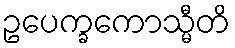
ဥပေက္ခကောသ္မီတိ